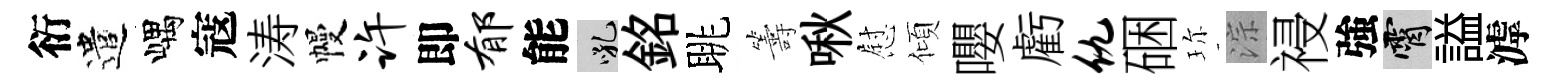
衍遣嵎寇涛幔许即郁能吼銘眺籌啾慰傾嚶虧仇硱珎淙祲強霄謚滹